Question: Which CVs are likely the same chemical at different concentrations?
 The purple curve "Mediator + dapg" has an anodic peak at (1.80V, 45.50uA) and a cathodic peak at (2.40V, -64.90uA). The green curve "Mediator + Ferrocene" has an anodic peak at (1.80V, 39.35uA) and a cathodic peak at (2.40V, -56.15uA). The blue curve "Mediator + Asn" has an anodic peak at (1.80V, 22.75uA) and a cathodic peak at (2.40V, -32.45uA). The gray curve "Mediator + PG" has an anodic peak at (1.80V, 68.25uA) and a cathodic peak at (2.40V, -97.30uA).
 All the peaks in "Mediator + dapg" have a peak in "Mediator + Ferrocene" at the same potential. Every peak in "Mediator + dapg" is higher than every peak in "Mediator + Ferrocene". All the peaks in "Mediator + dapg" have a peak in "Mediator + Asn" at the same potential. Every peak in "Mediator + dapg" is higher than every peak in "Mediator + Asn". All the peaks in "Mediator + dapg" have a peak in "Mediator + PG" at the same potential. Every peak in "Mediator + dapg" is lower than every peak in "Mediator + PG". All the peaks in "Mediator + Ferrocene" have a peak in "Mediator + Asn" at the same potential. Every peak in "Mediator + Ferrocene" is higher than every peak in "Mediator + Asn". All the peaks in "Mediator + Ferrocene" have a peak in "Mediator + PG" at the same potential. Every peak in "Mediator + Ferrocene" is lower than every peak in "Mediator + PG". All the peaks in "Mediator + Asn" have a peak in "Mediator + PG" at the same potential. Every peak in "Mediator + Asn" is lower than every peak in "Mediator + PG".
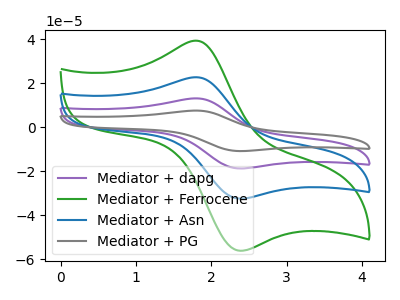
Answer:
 <answer>"Mediator + Ferrocene", "Mediator + dapg", "Mediator + Asn" and "Mediator + PG" have the same shape and are likely CV's of the same chemical.</answer>
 <eval>"Mediator + Ferrocene" "Mediator + dapg" "Mediator + Asn" "Mediator + PG"</eval>